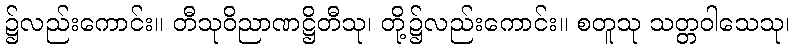
၌လည်းကောင်း။ တီသုဝိညာဏဋ္ဌိတီသု၊ တို့၌လည်းကောင်း။ စတူသု သတ္တဝါသေသု၊